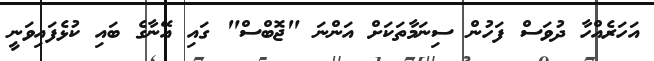
އަހަރެއްހާ ދުވަސް ފަހުން ސިނަމާތަކަށް އަންނަ "ޖޮބްސް" ގައި އޭނާގެ ބައި ކުޅެފައިވަނީ